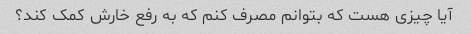
آیا چیزی هست که بتوانم مصرف کنم که به رفع خارش کمک کند؟